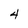
Character: 4